[Report on the health of British troops in the Madras command]
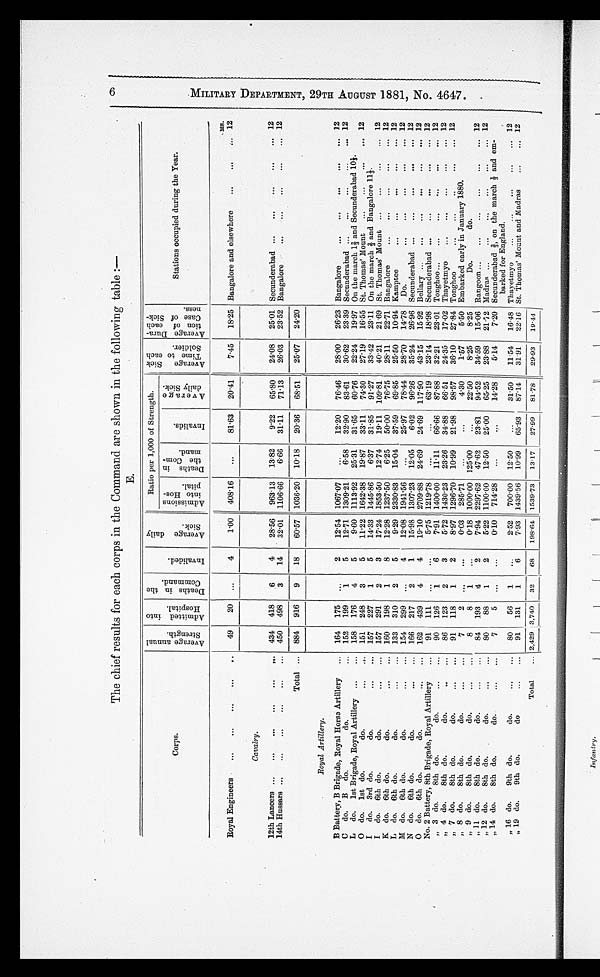
The chief results for each corps in the Command are shown in the following table :—
E.
C r o p s .
A v e r a g e a n n u a l S t r e n g t h .
Admi t t ed i nt o Hospi t al .Deat hs i n t he Command.
I n v a l i d e d .
A v e r a g e d a i l y S i c k .
Ratio per 1,000 of Strength.
Ave r a ge Si c k Ti me t o e a c h Sol i de r .
A b e r a g e D u r a - t i o n o f e a c h C a s e o f S i c k - n e s s .
S t a t i o n s o c c u p i e d d u r i n g t h e y e a r .
A d m i s s i o n s i n t o H o s - p i t a l .
D e a t h s i n t h e C o m - m a n d .
I n v a l i d s .
A v e r a g e d a i l y S i c k .
M S .
R o y a l E n g i n e e r s ...
...
... ...
. .
4 9
20
...
4
1 . 0 0
4 0 8 . 1 6
. . .
8 1 . 6 3
2 0 . 4 1
7.45
1 8 . 2 5
B a n g a l o r e a n d e l s e w h e r e . . . . . . . . .
1 2
Cavalry.
1 2 t h L a n c e r s . . .
...
...
... ...
. . .
4 3 4
418 6
4
2 8 . 5 6
9 6 3 . 1 3
1 3 . 8 2
9 . 2 2
6 5 . 8 0
24.08
2 5 . 0 1
S e c u n d e r a b a d . . .
...
... ...
...
1 2
1 4 t h H u s s a r s . . .
...
...
... ...
. . .
4 5 0
498 3
1 4
3 2 . 0 1
1 1 0 6 . 6 6
6 . 6 6
3 1 . 1 1
7 1 . 1 3
26.03
2 3 . 5 2
B a n g a l o r e . . .
...
... ...
...
1 2
T o t a l
. . .
8 8 4
916 9
1 8
6 0 . 5 7
1 0 3 6 . 2 0
1 0 . 1 8
2 0 . 3 6
6 8 . 5 1
25.07
2 4 . 2 0
Royal Artillery.
B B a t t e r y , B B r i g a d e , R o y a l H o r s e A r t i l l e y . . .
1 6 4
175 ...
2
1 2 . 5 4
1 0 6 7 . 0 7
. . .
1 2 . 0 2
7 6 . 4 6
28.00
2 6 . 2 3
B a n g a l o r e . . .
...
... ...
...
1 2
C d o . B d o . d o .
. . .
1 5 2
199 1
5
1 2 . 7 1
1 3 0 9 . 2 1
6 . 5 8
3 2 . 9 0
8 3 . 6 1
30.62
2 3 . 3 9
S e c u n d e r a b a d . . .
...
... ...
...
1 2
L d o . 1 s t B r i g a d e , R o y a l A r t i l l e r y...
. . .
1 5 8
176 4
5
9 . 6 0
1 1 1 3 . 9 2
2 5 . 3 1
3 1 . 6 5
6 0 . 7 6
22.24
1 9 . 9 7
O n t e h m a r c h 1 2 / 3 a n d S e c u n d e r a b a d 1 0 1 / 3 .
O d o . 1 s t d o . d o .
...
. . .
1 5 1
248 3
5
1 1 . 2 2
1 6 4 2 . 3 8
1 9 . 8 7
3 3 . 1 1
7 4 . 3 0
27.19
1 6 . 5 5
S t . T h o m a s ' M o u n t
...
... ...
...
1 2
I d o . 3 r d d o . d o .
...
. . .
1 5 7
227 1
5
1 4 . 3 3
1 4 4 5 . 8 6
6 . 3 7
3 1 . 8 5
9 1 . 2 7
33.42
2 3 . 1 1
O n t h e m a r c h 2 / 3 a n d B a n g a l o r e 1 1 1 / 3 .
I d o . 6 t h d o . d o .
...
. . .
1 5 7
291 2
3
1 7 . 2 4
1 8 5 3 . 5 0
1 2 . 7 4
1 9 . 1 1
1 0 9 . 8 1
40.21
2 1 . 6 9
S t . T h o m a s ' M o u n t
...
... ...
...
1 2
K d o . 6 t h d o . d o .
...
. . .
1 6 0
198 1
8
1 2 . 2 8
1 2 3 7 . 5 0
6 . 2 5
5 0 . 0 0
7 6 . 7 5
28.11
2 2 . 7 1
B a n g a l o r e . . .
...
... ...
..
1 2
L d o . 6 t h d o . d o .
...
. . .
1 3 3
310 2
5
9 . 2 9
2 3 3 0 . 8 3
1 5 . 0 4
3 7 . 5 9
6 9 . 8 5
25.50
1 0 . 9 4
K a m p t e e . . .
...
... ...
...
1 2
M d o . 6 t h d o . d o .
...
. . .
1 5 4
299 ...
4
1 2 . 0 8
1 9 4 1 . 5 6
. . .
2 5 . 9 7
7 8 . 4 4
28.70
1 4 . 7 8
D o . . . .
...
... ...
...
1 2
N d o . 6 t h d o . d o .
...
. . .
1 6 6
217 2
1
1 5 . 9 8
1 3 0 7 . 2 3
1 2 . 0 5
6 . 0 2
9 6 . 2 6
35.24
2 6 . 9 6
S e c u n d e r a b a d . . .
...
... ...
...
1 2
O d o . 6 t h d o . d o .
...
. . .
1 6 2
439 4
4
1 9 . 1 0
2 7 0 9 . 8 8
2 4 . 6 9
2 4 . 6 9
1 1 7 . 9 0
43.15
1 5 . 9 2
B a l l a r y . . . . . .
....
... ...
...
1 2
N o . 2 B a t t e r y , 8 t h B r i g a d e , R o y a l A r t i l l e r y . . .
9 1
111 ...
. . .
5 . 7 5
1 2 1 9 . 7 8
. . .
. . .
6 3 . 1 9
23.14
1 8 . 9 8
S e c u n d e r a b a d . . .
...
... ...
...
1 2
, , 3 d o . 8 t h d o . d o .
...
. . .
9 0
126 1
6
7 . 9 1
1 4 0 0 . 0 0
1 1 . 1 1
6 6 . 6 6
8 7 . 8 8
32.21
2 3 . 0 1
T o n g h o o . . . . . .
...
... ...
...
1 2
, , 4 d o . 8 t h d o . d o .
...
. . .
8 6
123 2
3
5 . 7 2
1 4 3 0 . 2 3
2 3 . 2 6
3 4 . 8 8
6 6 . 5 1
24.35
1 7 . 0 2
T h a y e t m y o . . . ...
..
...
...
1 2
, , 7 d o . 8 t h d o . d o .
...
. . .
9 1
118 1
2
8 . 9 7
1 2 9 6 . 7 0
1 0 . 9 9
2 1 . 9 8
9 8 . 5 7
36.10
2 7 . 8 4
T o n g h o o . . .
...
..
...
...
1 2
, , 8 d o . 8 t h d o . d o .
...
. . .
7 2
...
. . .
0 . 0 3
2 8 5 . 7 1
. . .
. . .
4 . 3 0
1.57
5 . 5 0
E m b a r k e d e a r l y i n J a n u a r y 1 8 8 0 .
, , 9 d o . 8 t h d o . d o .
...
. . .
8 8
1
. . .
0 . 8 1
1 0 0 0 . 0 0
1 2 5 . 0 0
. . .
2 2 . 5 0
8.25
8 . 2 5
D o . d o .
, , 1 1 d o . 8 t h d o . d o .
. . .
. . .
8 4
193 4
2
7 . 9 4
2 2 9 7 . 6 2
4 7 . 6 2
2 3 . 8 1
9 4 . 5 2
34.59
1 5 . 0 6
R a n g o o n . . . . . .
...
... ...
...
1 2
, , 1 2 d o . 8 t h d o . d o . ... ...
8 0
88
1
2
5 . 2 2
1 1 0 0 . 0 0
1 2 . 5 0
2 5 . 0 0
6 5 . 2 5
23.88
2 1 . 7 2
M a d r a s . . .
...
... ...
...
1 2
, , 1 4 d o . 8 t h d o . d o . ...
. . .
7 5
...
. . .
0 . 1 0
7 1 4 . 2 8
. . .
. . .
1 4 . 2 8
5.14
7 . 2 0 S e c u n d e r a b a d 2 / 3 , o n t h e m a r c h 1 / 3 a n d e m - b a r k e d f o r E n g l a n d .
, , 1 6 d o . 9 t h d o . d o . ...
. . .
8 0
56
1
. . .
2 . 5 2
7 0 0 . 0 0
1 2 . 5 0
. . .
3 1 . 5 0
11.54
1 6 . 4 8
T h a y e t m y o . . .
...
... ...
...
1 2
, , 1 9 d o . 9 t h d o . d o .
... •••
. . .
9 1
131 1
6
7 . 9 3
1 4 3 9 . 5 6
1 0 . 9 9
6 5 . 9 3
8 7 . 1 4
31.91
2 2 . 1 6
S t . T h o m a s ' M o u n t a n d M a d r a s...
...
1 2
T o t a l
. . .
2 , 4 2 9
3,74032
6 8
1 9 8 . 6 4
1 5 3 9 . 7 3
1 3 . 7 1
2 7 . 9 9
8 1 . 7 8
29.93
1 9 . 4 4